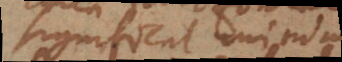
significat minimum